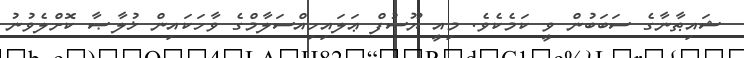
ޝައިޠާނާގެ ސަބަބުން ވީ ކަމެކެވެ. މިއީ ޔޫސުފް ޢަލައިހިއްސަލާމްގެ ވާހަކައިން ޚުލާޞާ ކޮށްލެވުނު